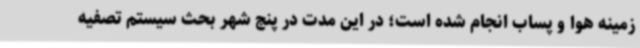
زمینه هوا و پساب انجام شده است؛ در این مدت در پنج شهر بحث سیستم تصفیه